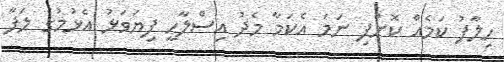
ހިލާފު ކަމެއް ކޮށްފި ނަމަ އެކަމާ މެދު އިސްލާހީ ފިޔަވަޅު އެޅުމުގެ ލަފާ